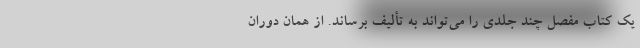
یک کتاب مفصل چند جلدی را می‌تواند به تألیف برساند. از همان دوران